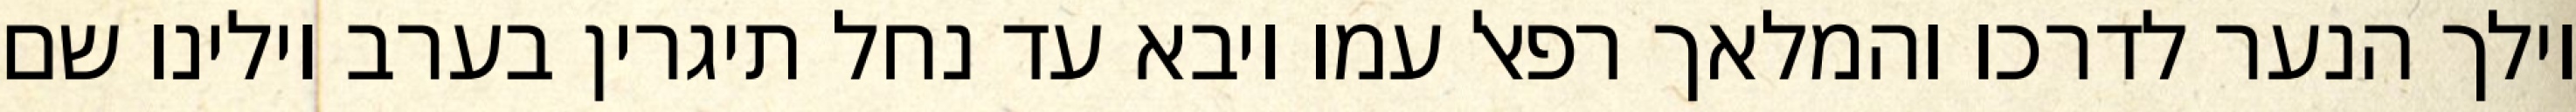
וילך הנער לדרכו והמלאך רפאל עמו ויבא עד נחל תיגרין בערב וילינו שם